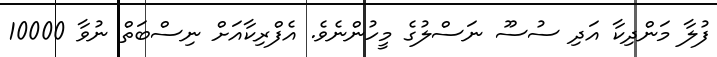
ފުލާ މަންދިކާ އަދި ސުސޫ ނަސްލުގެ މީހުންނެވެ. އެފްރިކާއަށް ނިސްބަތް ނުވާ 10000